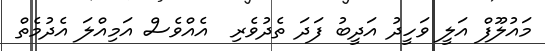
މައުލޫފް އަލީ ވަހީދު އަދީބު ފަދަ ތެދުވެރި  އެއްވެސް އަމިއްލަ އެދުމެތް